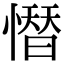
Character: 𢡄